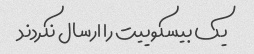
یک بیسکوییت را ارسال نکردند